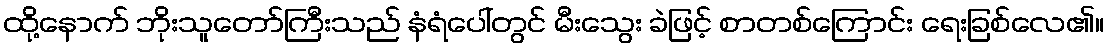
ထို့နောက် ဘိုးသူတော်ကြီးသည် နံရံပေါ်တွင် မီးသွေး ခဲဖြင့် စာတစ်ကြောင်း ရေးခြစ်လေ၏။